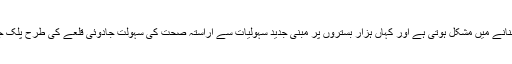
کہاں بیس کمروں کا اسپتال بنانے میں مشکل ہوتی ہے اور کہاں ہزار بستروں پر مبنی جدید سہولیات سے آراستہ صحت کی سہولت جادوئی قلعے کی طرح پلک جھپکتے نمودار ہو جاتی ہے۔